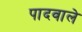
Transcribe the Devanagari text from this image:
पादवाले